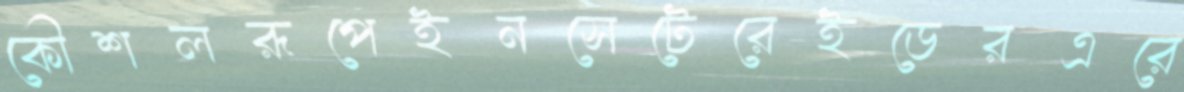
কৌশলরূপেইনসেটেরেইডেরএরে